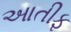
આતીફ